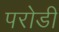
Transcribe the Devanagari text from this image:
परोडी